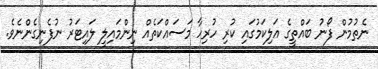
ނެތުމުން ފޯނު ބައްތީގެ އަލިކަމުގައި ކުރި ހުރިހާ މަސައްކަތެއް ނިންމައިލީ ލައިޓަރު ނުފެނިގެންނެވެ.